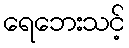
ရေဘေးသင့်